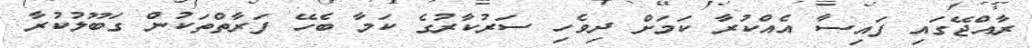
ރާއްޖޭގައި ފައިސާ އެއްކުރާ ކަމަށް ދިވެހި ސަރުކާރުގެ ކަމާ ބެހޭ ފަރާތްތަކުން ގަބޫލުކުރާ